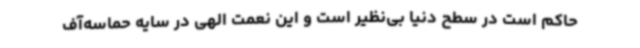
حاکم است در سطح دنیا بی‌نظیر است و این نعمت الهی در سایه حماسه‌آف